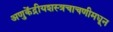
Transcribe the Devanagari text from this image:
अणुकेंद्रीयशस्‍त्रचाचणीमधून